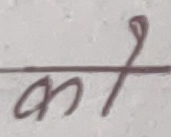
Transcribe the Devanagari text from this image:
को